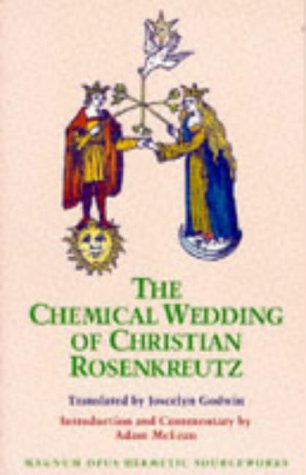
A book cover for The Chemical Wedding of Christian Rosenkreutz (Magnum Opus Hermetic Sourceworks Series: No. 18); Religion & Spirituality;